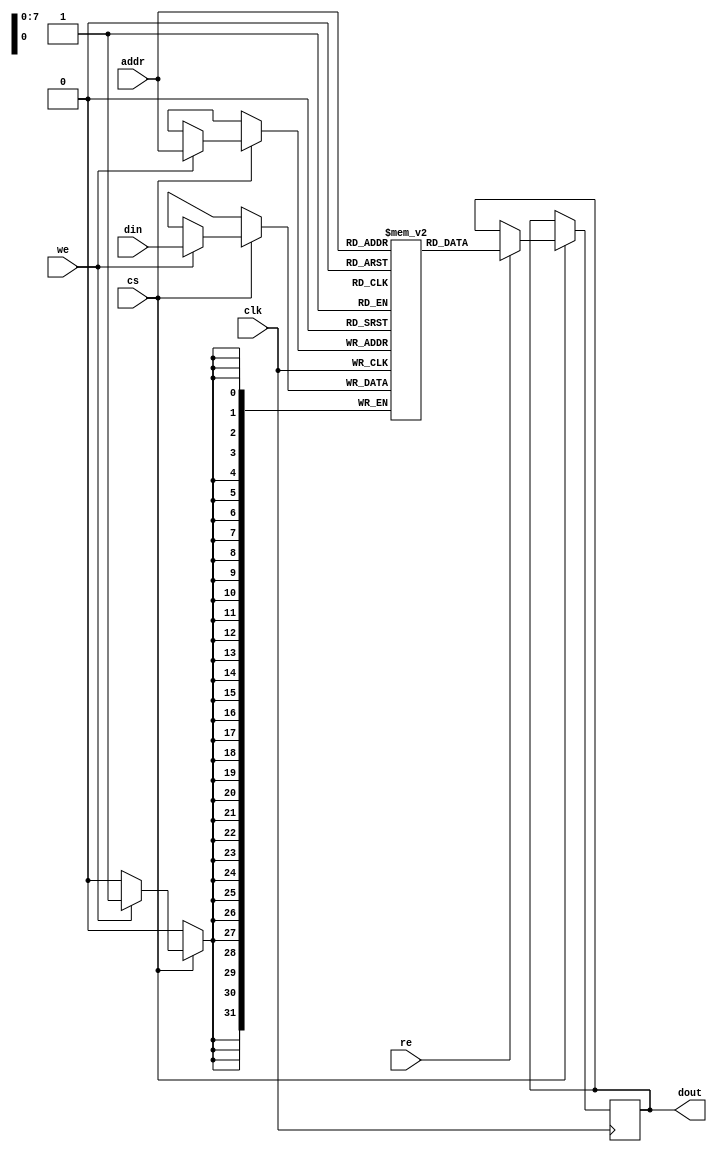
module io_blocks_cache_sram #(
    parameter DATA_WIDTH = 32, // Configurable data width
    parameter ADDR_WIDTH = 8    // Address width (256 locations for 8-bit addresses)
)(
    input wire clk,                     // Clock signal
    input wire cs,                      // Chip Select
    input wire we,                      // Write Enable
    input wire re,                      // Read Enable
    input wire [ADDR_WIDTH-1:0] addr,  // Address input
    input wire [DATA_WIDTH-1:0] din,   // Data input
    output reg [DATA_WIDTH-1:0] dout    // Data output
);

    // Memory array declaration (2D array)
    reg [DATA_WIDTH-1:0] memory [(2**ADDR_WIDTH)-1:0];

    // Read and Write operations
    always @(posedge clk) begin
        if (cs) begin
            if (we) begin
                // Write operation
                memory[addr] <= din;
            end
            if (re) begin
                // Read operation
                dout <= memory[addr];
            end
        end
    end

    // Optional: Error detection (parity bit for simplicity)
    reg parity_bit [(2**ADDR_WIDTH)-1:0];

    always @(posedge clk) begin
        if (cs && we) begin
            // Update parity bit on write
            parity_bit[addr] <= ^din; // Simple parity calculation
        end
    end

    // Built-in self-test (BIST) capability
    reg [DATA_WIDTH-1:0] test_data;
    reg bist_done;

    task bist_test();
        integer i;
        begin
            bist_done = 0;
            // Write test pattern
            for (i = 0; i < (2**ADDR_WIDTH); i = i + 1) begin
                test_data = i; // Example test data
                memory[i] = test_data;
            end
            // Read back and verify
            for (i = 0; i < (2**ADDR_WIDTH); i = i + 1) begin
                if (memory[i] !== i) begin
                    // Error handling code here
                end
            end
            bist_done = 1; // Indicate test complete
        end
    endtask

endmodule